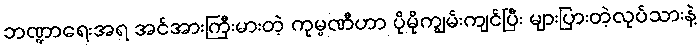
ဘဏ္ဍာရေးအရ အင်အားကြီးမားတဲ့ ကုမ္ပဏီဟာ ပိုမိုကျွမ်းကျင်ပြီး များပြားတဲ့လုပ်သားနဲ့